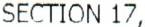
SECTION 17,